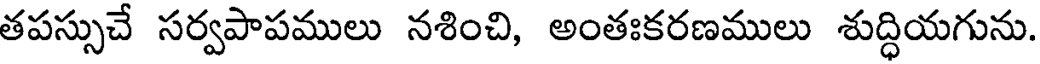
తపస్సుచే సర్వపాపములు నశించి, అంతఃకరణములు శుద్ధియగును.